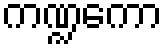
ကဏ္ဍကော